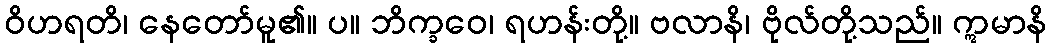
ဝိဟရတိ၊ နေတော်မူ၏။ ပ။ ဘိက္ခဝေ၊ ရဟန်းတို့။ ဗလာနိ၊ ဗိုလ်တို့သည်။ ဣမာနိ